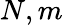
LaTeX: N,m